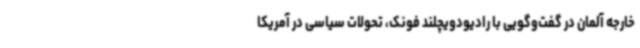
خارجه آلمان در گفت‌وگویی با رادیودویچلند فونک، تحولات سیاسی در آمریکا